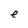
Character: e